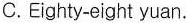
C.Eighty-eight yuan.